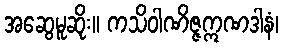
အဆွေမူဆိုး။ ကသိဝါဏိဇ္ဇဣဏဒါနံ၊